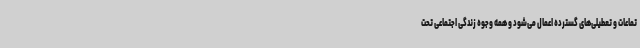
تماعات و تعطیلی‌های گسترده اعمال می‌شود و همه وجوه زندگی اجتماعی تحت